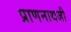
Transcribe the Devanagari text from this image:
प्राणनाथजी